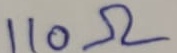
Text: 110Ω